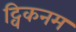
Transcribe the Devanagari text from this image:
ट्विकनम